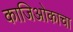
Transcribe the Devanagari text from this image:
काजिओकाचा